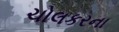
ચોલકરના